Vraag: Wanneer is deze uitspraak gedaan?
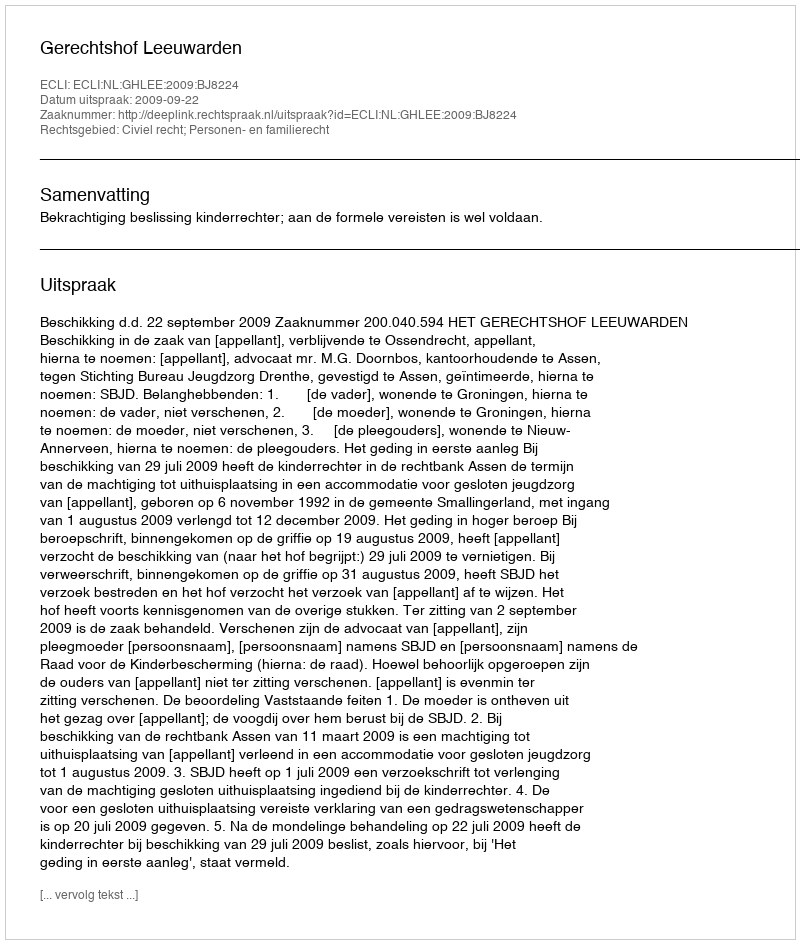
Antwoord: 2009-09-22